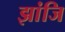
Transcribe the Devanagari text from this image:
झांजि